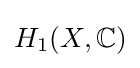
H_{1}(X,\mathbb {C} )